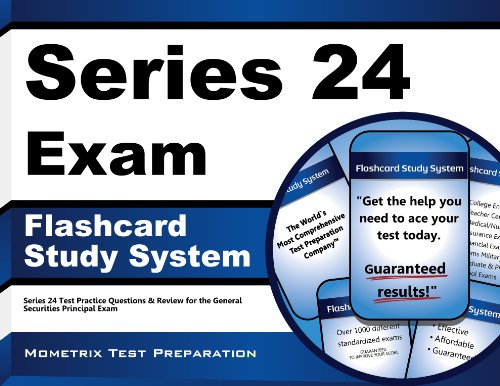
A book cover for Series 24 Exam Flashcard Study System: Series 24 Test Practice Questions & Review for the General Securities Principal Exam (Cards); Series 24 Exam Secrets Test Prep Team; Test Preparation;